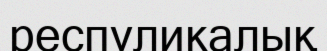
респуликалық